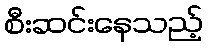
စီးဆင်းနေသည့်